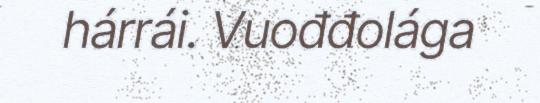
hárrái. Vuođđolága